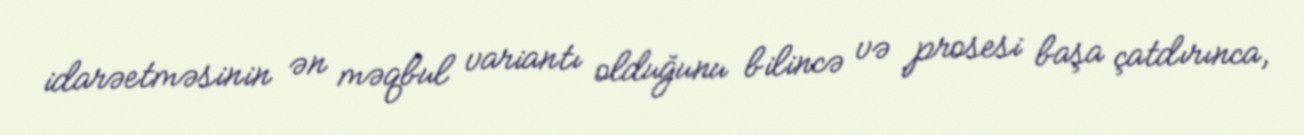
idarəetməsinin ən məqbul variantı olduğunu bilincə və prosesi başa çatdırınca,